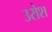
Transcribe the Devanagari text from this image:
उरोश